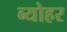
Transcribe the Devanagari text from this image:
ब्योहर